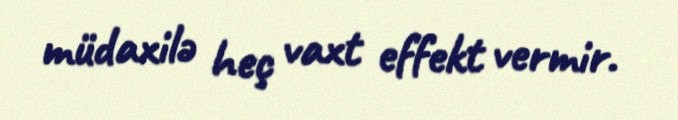
müdaxilə heç vaxt effekt vermir.